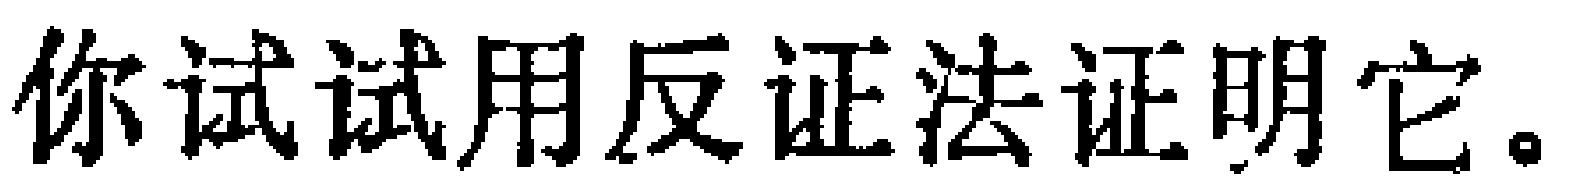
你试试用反证法证明它。